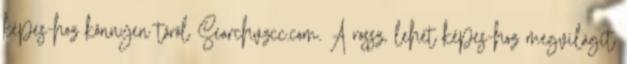
képes-hoz könnyen töröl Searchvzcc.com. A rossz, lehet képes-hoz megvilágít